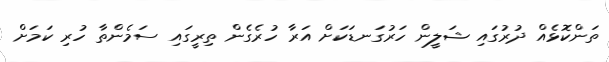
ތަންކޮޅެއް ދުރުގައި ޝަލީން ހަރުގަނޑަކަށް އަރާ ހުރެގެން ތިރީގައި ސަމެންތާ ހުރި ކަމަށް